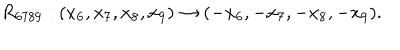
R _ { 6 7 8 9 } : ( x _ { 6 } , x _ { 7 } , x _ { 8 } , x _ { 9 } ) \rightarrow ( - x _ { 6 } , - x _ { 7 } , - x _ { 8 } , - x _ { 9 } ) .